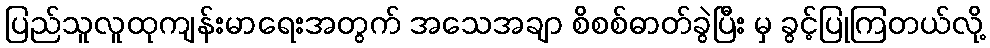
ပြည်သူလူထုကျန်းမာရေးအတွက် အသေအချာ စိစစ်ဓာတ်ခွဲပြီး မှ ခွင့်ပြုကြတယ်လို့